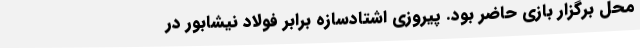
محل برگزار بازی حاضر بود. پیروزی اشتادسازه برابر فولاد نیشابور در